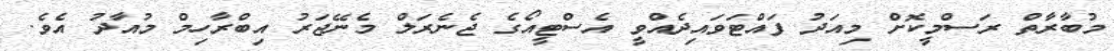
މުބާރާތް ރަސްމީކޮށް މިއަދު ފައްޓަވައިދެއްވީ އެސްޓީއޯގެ ޖެނެރަލް މެނޭޖަރު އިބްރާހިމް މުއާދު އެވެ.